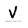
Character: v